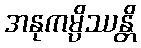
အနုကမ္ပိဿန္တိ